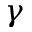
\gamma